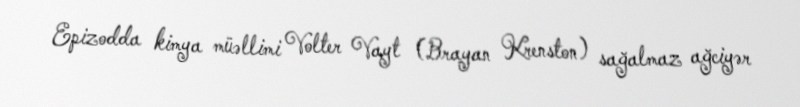
Epizodda kimya müəllimi Volter Vayt (Brayan Krenston) sağalmaz ağciyər